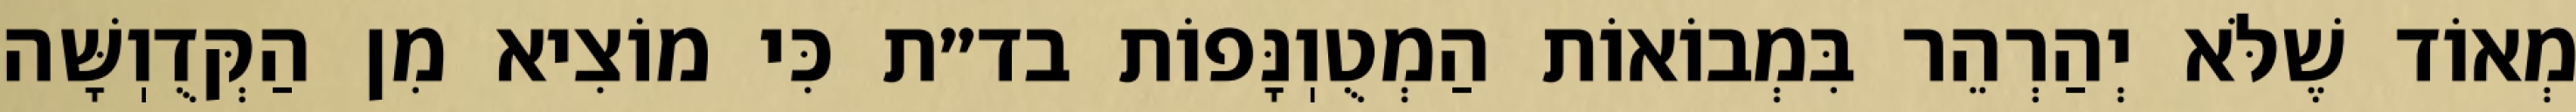
מְאוֹד שֶׁלֹּא יְהַרְהֵר בִּמְבוֹאוֹת הַמְטֻוֽנָּפוֹת בד״ת כִּי מוֹצִיא מִן הַקְּדֻוֽשָּׁה